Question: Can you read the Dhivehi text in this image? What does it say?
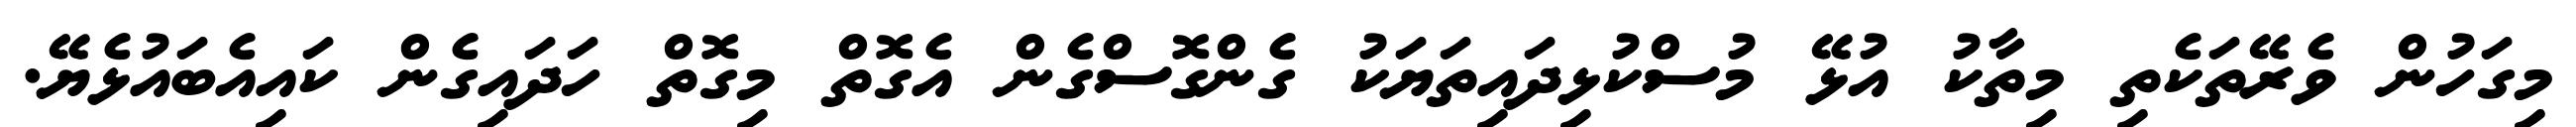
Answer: މިގަހުން ވެރޭތަކެތި މިތާކު އުޅޭ މުސްކުޅިދައިތަޔަކު ގެންގޮސްގެން އެގޮތް މިގޮތް ހަދައިގެން ކައިއެބައުޅެޔޭ.